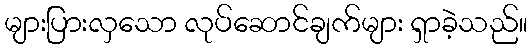
များပြားလှသော လုပ်ဆောင်ချက်များ ရှာခဲ့သည်။